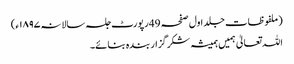
(ملفوظات جلد اول صفحہ 49رپورٹ جلسہ سالانہ۱۸۹۷ء)
اللہ تعالیٰ ہمیں ہمیشہ شکر گزار بندہ بنائے۔